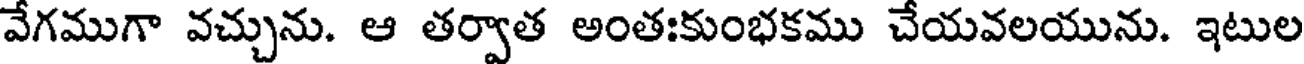
వేగముగా వచ్చును. ఆ తర్వాత అంతఃకుంభకము చేయవలయును. ఇటుల